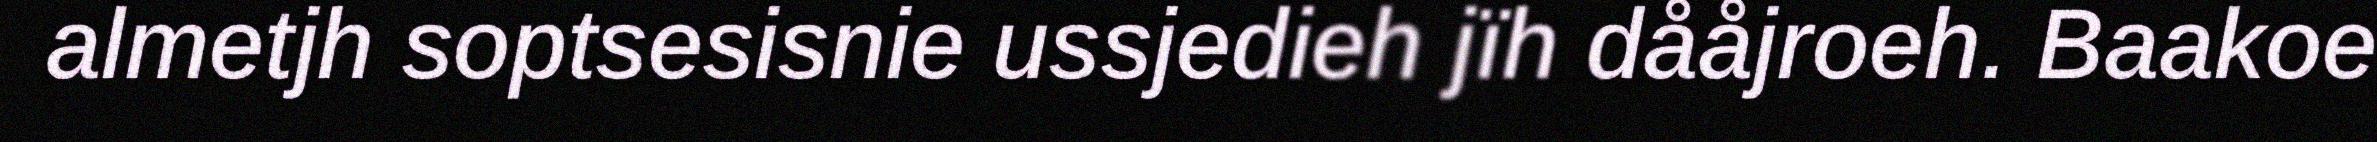
almetjh soptsesisnie ussjedieh jïh dååjroeh. Baakoe